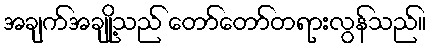
အချက်အချို့သည် တော်တော်တရားလွန်သည်။